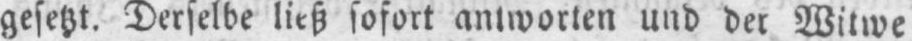
gesetzt. Derselbe ließ sofort antworten und der Witwe